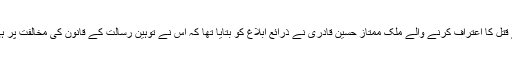
رواں ماہ سلمان تاثیر کے قتل کا اعتراف کرنے والے مَلک ممتاز حسین قادری نے ذرائع ابلاغ کو بتایا تھا کہ اس نے توہین رسالت کے قانون کی مخالفت پر ہی سلمان تاثیر کو قتل کیا۔